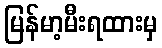
မြန်မာ့မီးရထားမှ